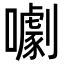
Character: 㘌